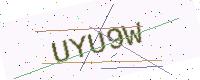
Text: UYU9W